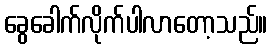
ခွေခေါက်လိုက်ပါလာတော့သည်။